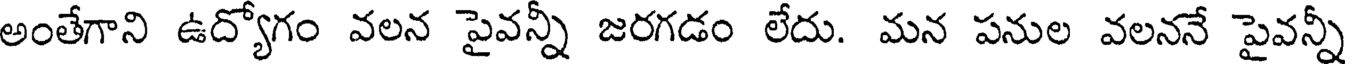
అంతేగాని ఉద్యోగం వలన పైవన్నీ జరగడం లేదు. మన పనుల వలననే పైవన్నీ